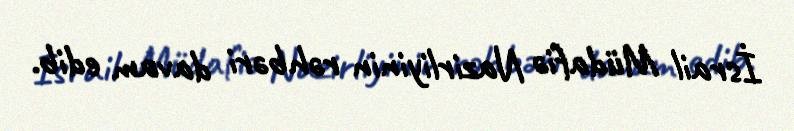
İsrail Müdafiə Nazirliyinin rəhbəri davam edib.